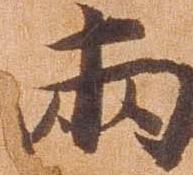
両